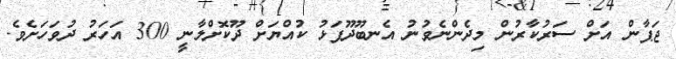
ޖަޕާން އަށް ސަރުކާރުން މިދެންނެވުނު އެނބޫދޫފަޅު ކުއްޔަށް ދޫކޮށްލާނީ 300 އަހަރު ދުވަހަށެވެ.